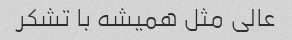
عالی مثل همیشه با تشکر